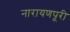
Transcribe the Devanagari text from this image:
नारायणपूरी